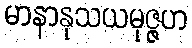
မာနာနုသယမုဇ္ဇဟ